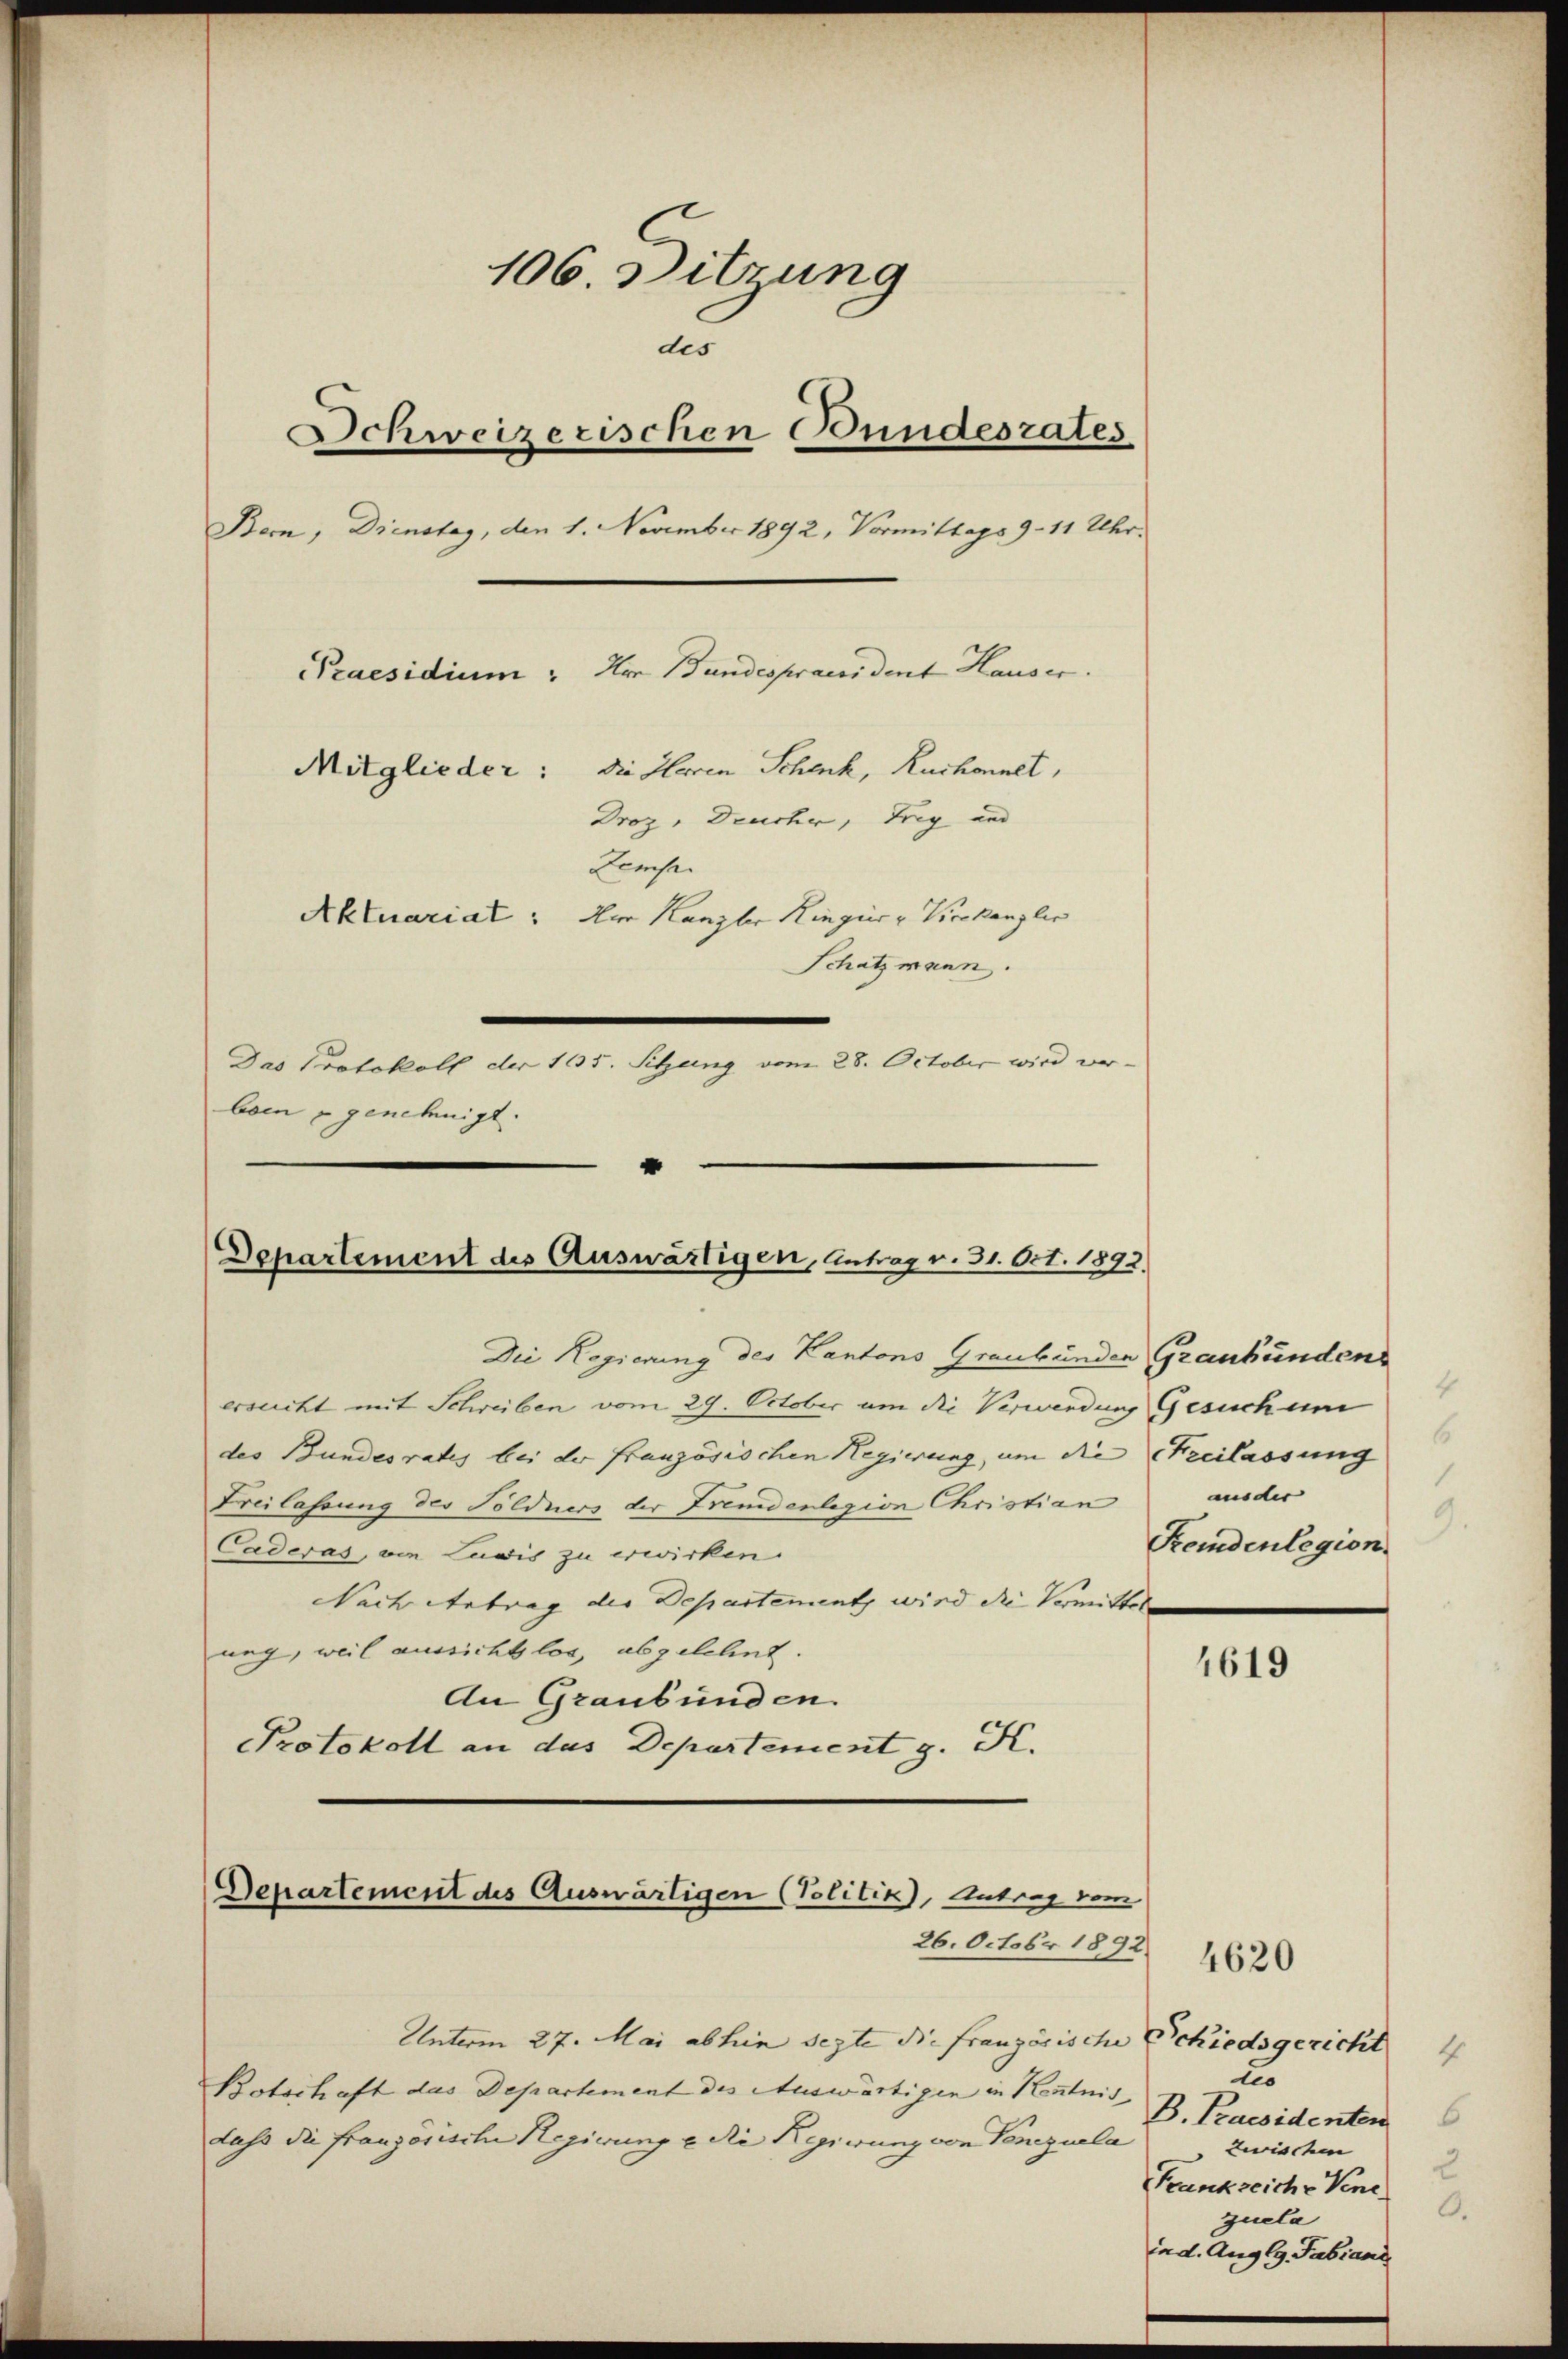
106. Sitzung
des
Schweizerischen Bundesrates
Bern, Dienstag, den 1. November 1892, Vormittags 9 - 11 Uhr.
Praesidium: Hr. Bundespraesident Hauser.
Mitglieder: die Heren Schenk, Ruchonnet,
Droz, Deuche, Frey und
Zemse
Aktuariat: Der Kanzler Ringer u Krakanzlis
Schatzmann.
Das Protokoll der 165. Sitzung vom 28. October wird verbein u genehmigt.

Departement des Auswärtigen, Antrag v. 31. Oct. 1892.

Die Regierung des Kantons Graubünden Graubünden
ersucht mit Schreiben vom 29. October um die Verwendung Gesuch um
des Bundesrates bei der französischen Regierung, um die Freilassung
Freilassung der Söldners der Fremdenlegion Christian aus der
Caderas, von Ludis zu erwirken.
Nach Antrag der Departement, wird die Vermittela
ung, weil aussichtlos, abgelehnt.
An Graubünden.
Protokoll an das Departement z. K.

Departement des Auswärtigen (Politik, Antrag vom
26. Octobr 1892.

Unterm 27. Mai abhin sezte die französische Schiedsgericht
Botschaft das Departement des Auswärtigen in Kenntnis
dass die französische Regierung & die Regiwung von Tonguela

2
Kemdenlegion

4619

4620

1
des
B. Praesidenten
zerischen
2
Frankreiche Vene
zuela
ind. Aug (9. Fabiani